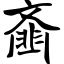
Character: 齑